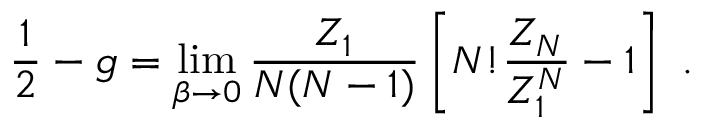
\frac { 1 } { 2 } - g = \operatorname * { l i m } _ { \beta \rightarrow 0 } \frac { Z _ { 1 } } { N ( N - 1 ) } \left[ N ! \frac { Z _ { N } } { Z _ { 1 } ^ { N } } - 1 \right] \ .